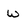
Character: w